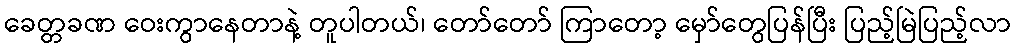
ခေတ္တခဏ ဝေးကွာနေတာနဲ့ တူပါတယ်၊ တော်တော် ကြာတော့ မှော်တွေပြန်ပြီး ပြည့်မြဲပြည့်လာ